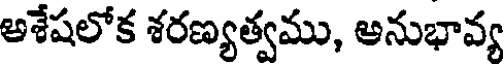
అశేషలోక శరణ్యత్వము, అనుభావ్య